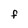
Character: F